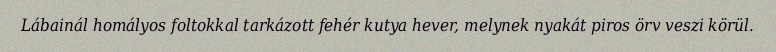
Lábainál homályos foltokkal tarkázott fehér kutya hever, melynek nyakát piros örv veszi körül.